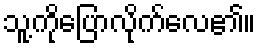
သူ့ကိုပြောလိုက်လေ၏။